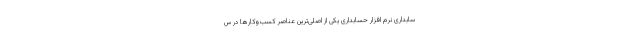
سابداری نرم افزار حسابداری یکی از اصلی‌ترین عناصر کسب‌وکارها در س